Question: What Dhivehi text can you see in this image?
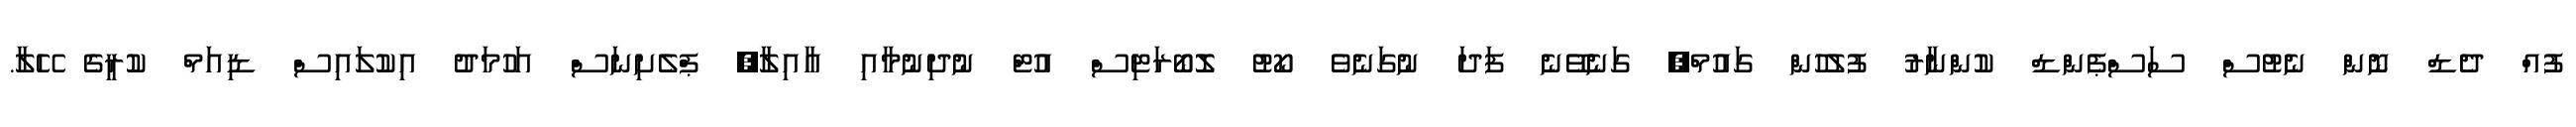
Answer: ފުއް ދެޑް ނޮން ނެޓުސް ސަސްޕެންޑް ކުންނާރު ފުލުހުން ގައުމް, ގަނެވޭނެ ފަދަ ނުގަނެވެ ކޯޓު ލޮބޯރަޓިސް އުޓް ނުދިނުމާއި އާއިލާ, ޕްލެށިނަސް އަހުމަދު އިކުލައިސް ޑިއަމް ކުރީގެ ހޭލާ.